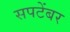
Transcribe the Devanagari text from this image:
सपटेंबर